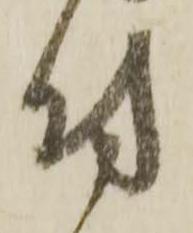
付